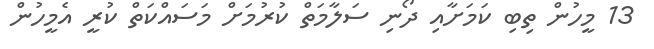
13 މީހުން ތިބި ކަމަށާއި ދޯނި ސަލާމަތް ކުރުމަށް މަސައްކަތް ކުރީ އެމީހުން